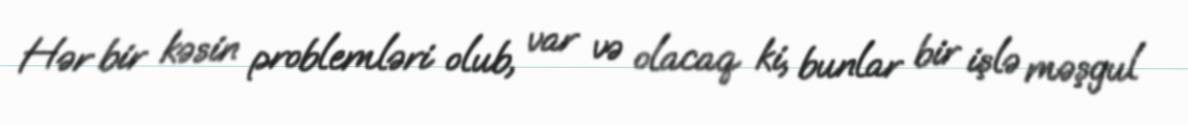
Hər bir kəsin problemləri olub, var və olacaq ki, bunlar bir işlə məşgul